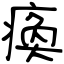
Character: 瘓